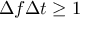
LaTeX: \Delta f \Delta t \geq 1